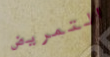
التمريض